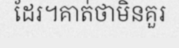
ដែរ។គាត់ថាមិនគួរ